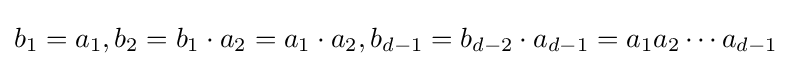
b_{1}=a_{1},b_{2}=b_{1}\cdot a_{2}=a_{1}\cdot a_{2},b_{d-1}=b_{d-2}\cdot a_{d-1}=a_{1}a_{2}\cdots a_{d-1}